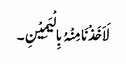
لَاَخَذْنَا مِنْہُ بِالْیَمِیْنِ۔